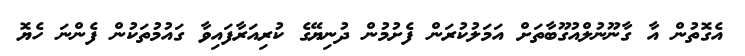
އެގޮތުން އާ ގާނޫނުލްއުގޫބާތަށް އަމަލުކުރަން ފެށުމުން ދުނިޔޭގެ ކުރިއަރާފައިވާ ގައުމުތަކުން ފެންނަ ހެޔޮ